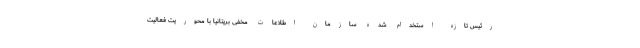
رئیس تازه استخدام شده سازمان اطلاعات مخفی بریتانیا با محوریت فعالیت